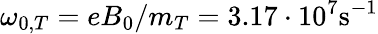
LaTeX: \omega_{0,T}=eB_{0}/m_{T}=3.17\cdot 10^{7}\mathrm{s}^{-1}